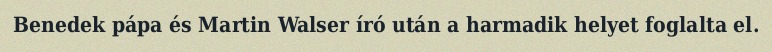
Benedek pápa és Martin Walser író után a harmadik helyet foglalta el.